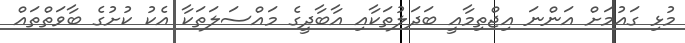
މުޅި ގައުމަށް އަންނަ އިޖްތިމާއީ ބަދަލުތަކާއި އާބާދީގެ މައްސަލަތަކާ އެކު ކުށުގެ ބާވަތްތައް